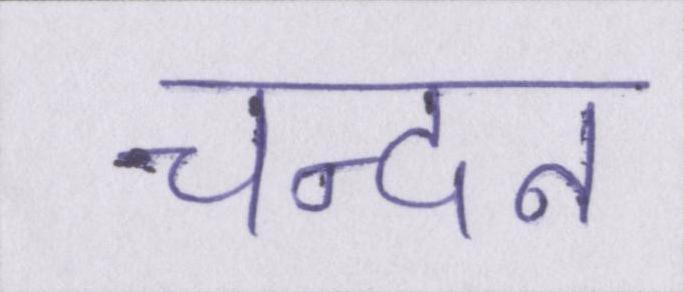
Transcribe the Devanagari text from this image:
चन्दन